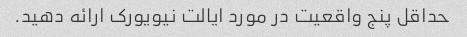
حداقل پنج واقعیت در مورد ایالت نیویورک ارائه دهید.